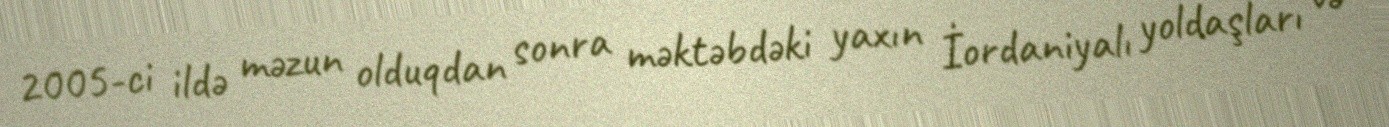
2005-ci ildə məzun olduqdan sonra məktəbdəki yaxın İordaniyalı yoldaşları və